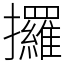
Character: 攞